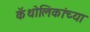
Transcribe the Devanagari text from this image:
कॅथोलिकांच्या